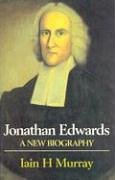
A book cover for Jonathan Edwards: A New Biography; Iain H. Murray; Christian Books & Bibles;